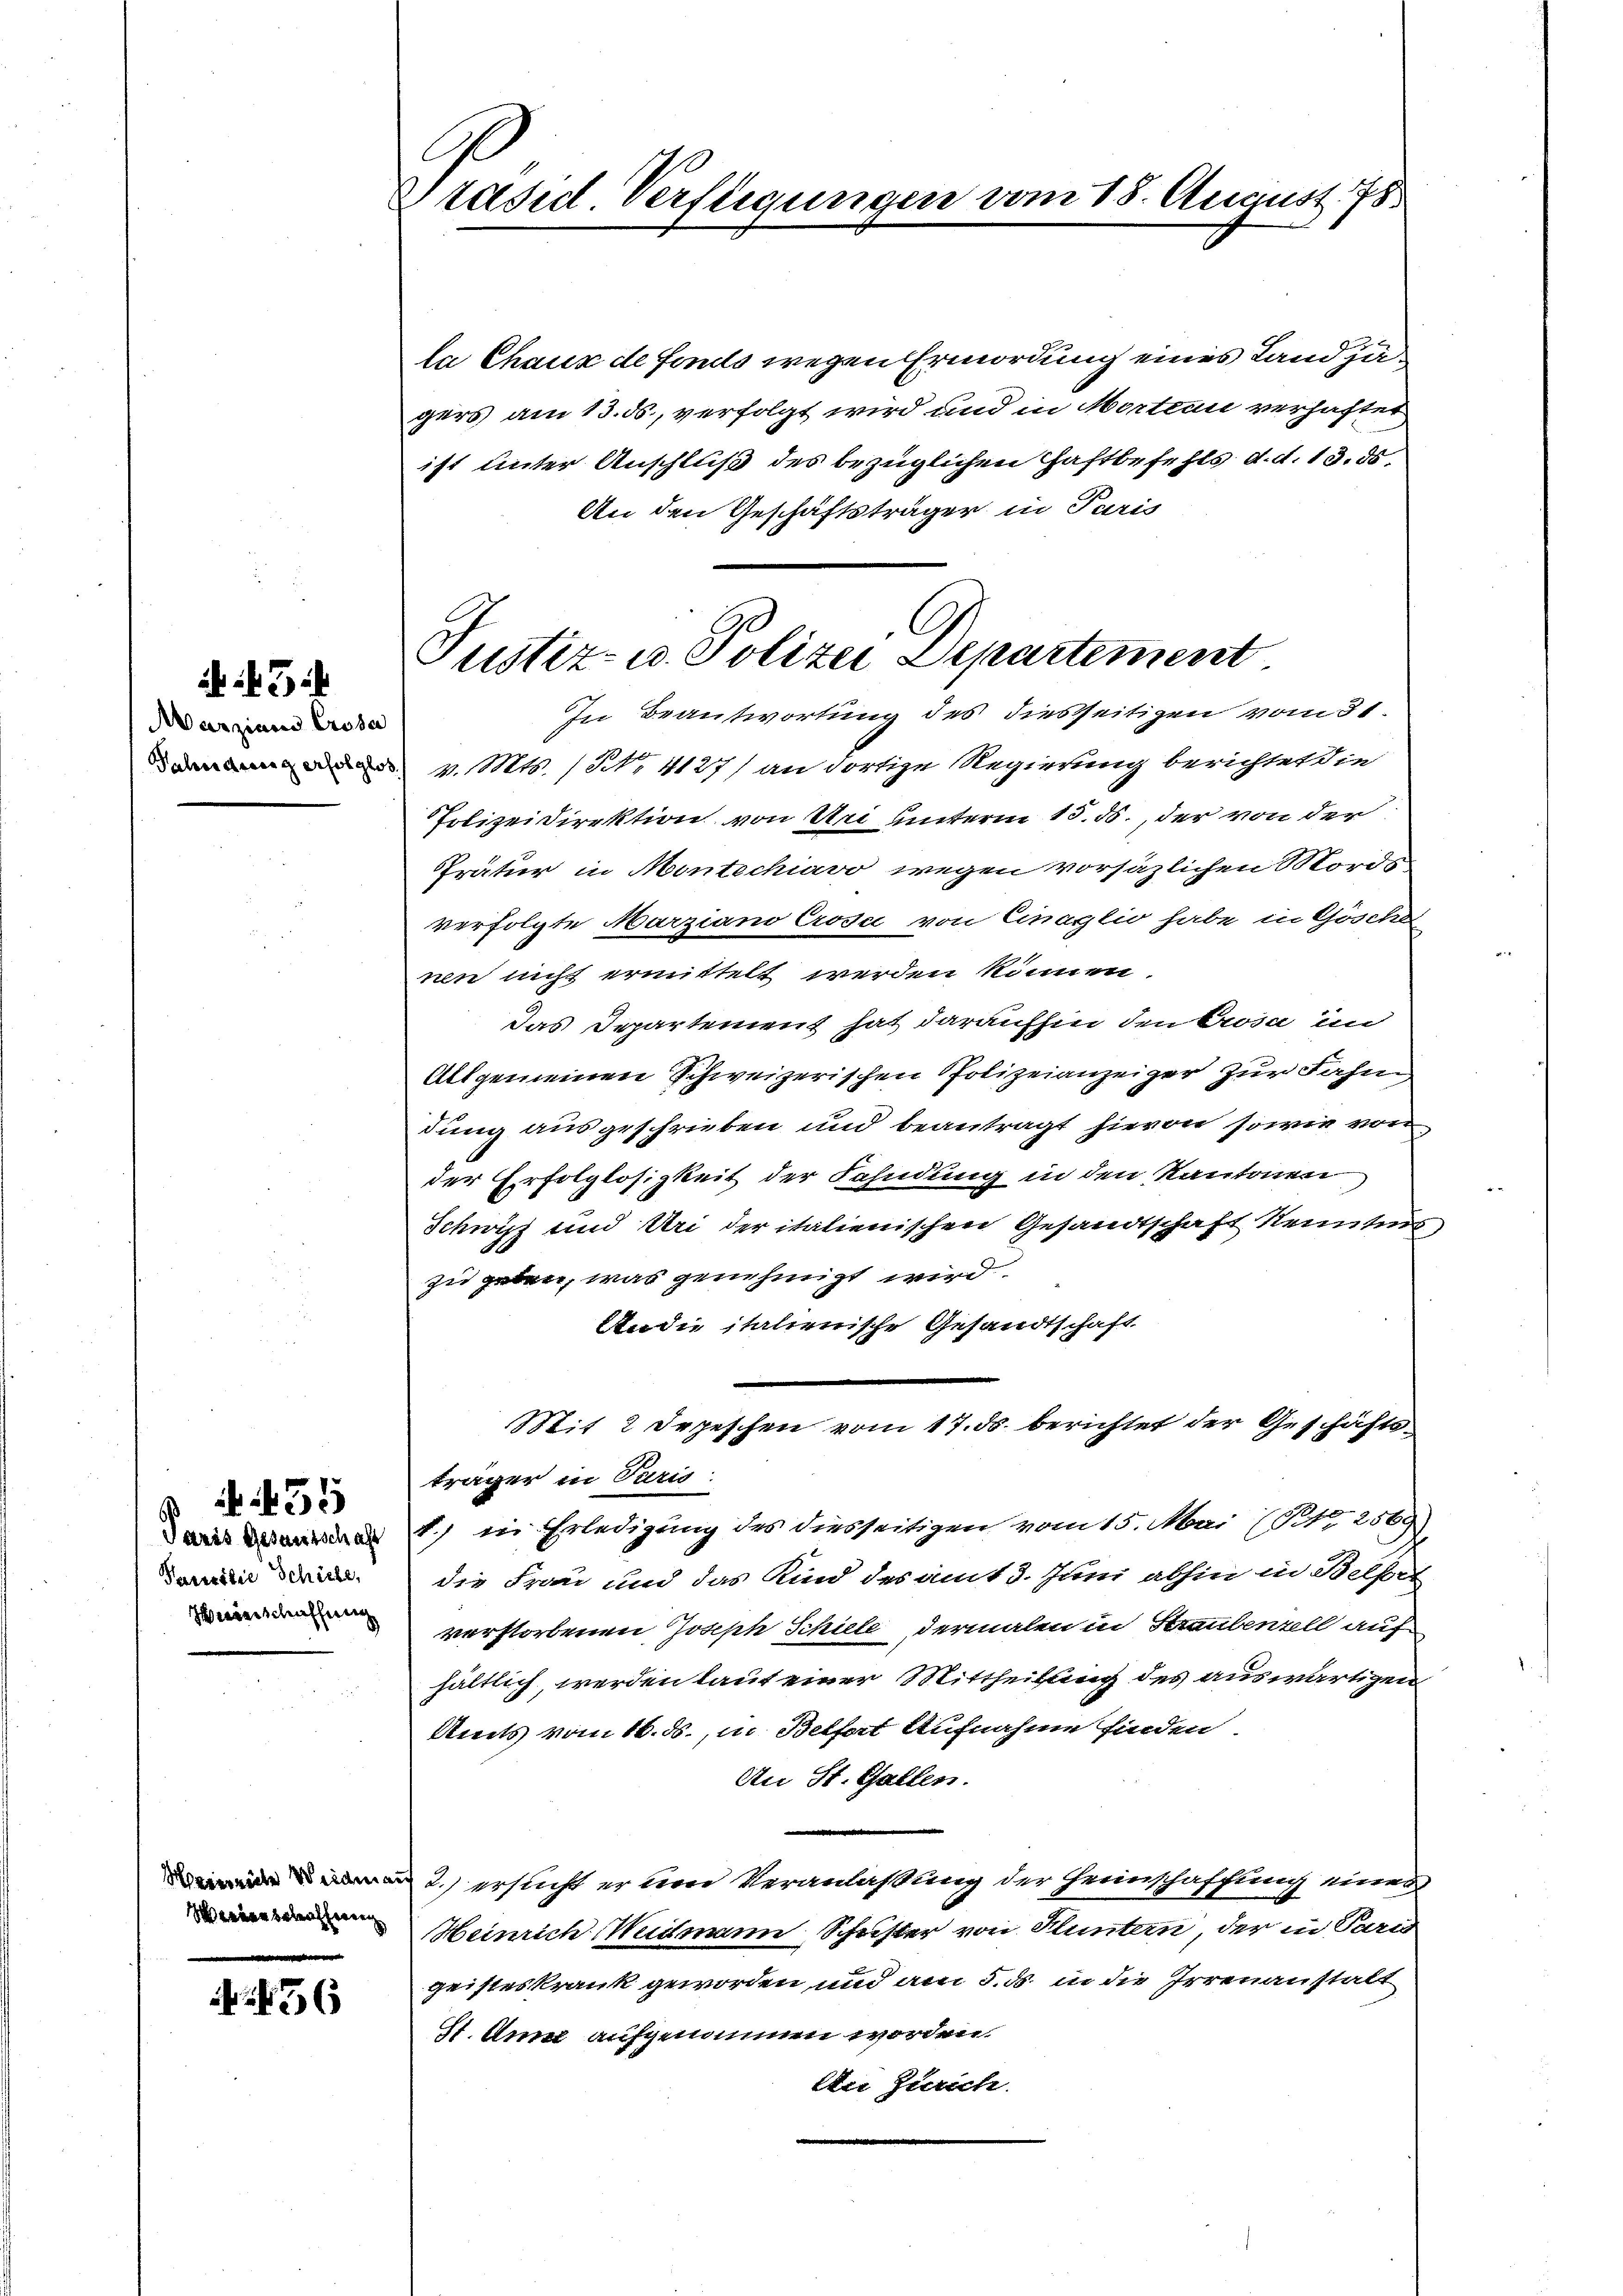
47 i

Marzian Crosa
Fahndung erfolglos

Parisilie Schirte,
Haierschaffung

455

Scheerweite Weidnis

56

Präsid. Verfügungen vom 18. August. 78.

Justiz- u. Polizei Departement
In Beantwortung des diesseitigen vom 31.

la Chaux de fonds wegen Ermordung eines Land jägers am 13. ds., verfolgt wird und in Morten verhaftet
ist unter Anschluß des bezüglichen Haftbefehls d. d. 13. ds.
An den Geschäftsträger in Paris
v. Mts. (NNo. 4127) an dortige Regierung berichtet die
Polizeidirektion von Bei unterm 15. ds., der von der
Prätur in Montechiavo, wegen vorsäzlichen Mords-
verfolgte Marziano Crose von Einaglio habe in Göschei
nen nicht ermittelt werden können.
Das Departement hat daraufhin den Prosa und
Allgemeinen Schweizerischen Polizeianzeiger zur Fahn
dung ausgeschrieben und beantragt hievon sowie von
der Erfolglosigkeit der Fahndung in den Kantonen
Schwyz und Uri der italienischen Gesandtschaft kenntens,
zu geben, was genehmigt wird.
An die italienische Gesandtschaft
Mit 2 Depeschen vom 17. ds. berichtet der Geschäftsträger in Paris
Daris Bereite 1 in Erledigung des diesseitigen vom 15. Mai (T.12569)
die Frau und das Kind des amt 3. Juni abhin in Belfort
verstorbenen Joseph Schiele dermalen in Straubenzell auf
hältlich, werden laut einer Mittheilung des auswärtigen
Amts vom 16. ds., in Belfort Aufnahme finden.
An St. Gallen.
2.) ersucht er ein Veranlaßung der Heimschaffung einer
Meinrich Widmann, Schuster von Stuntern, der in Paris
geisteskrank geworden und am 5. ds. in die Irrenanstalt
St. Anne aufgenommen worden.
An Zürich.